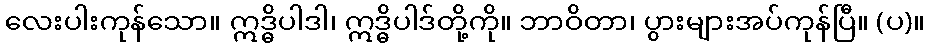
လေးပါးကုန်သော။ ဣဒ္ဓိပါဒါ၊ ဣဒ္ဓိပါဒ်တို့ကို။ ဘာဝိတာ၊ ပွားများအပ်ကုန်ပြီ။ (ပ)။